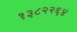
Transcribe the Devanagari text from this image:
१३८२२६४